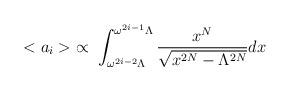
LaTeX: \begin{align*}<a_i> \; \propto \; \int_{\omega^{2i-2} \Lambda}^{\omega^{2i-1}\Lambda} \frac{x^N}{\sqrt{x^{2N}-\Lambda^{2N}}} dx\end{align*}